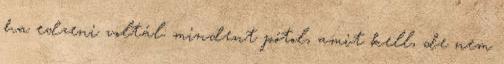
ha edzeni voltál: mindent pótol, amit kell, de nem